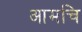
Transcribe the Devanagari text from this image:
आमचि